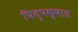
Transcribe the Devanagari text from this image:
पितृपक्षात